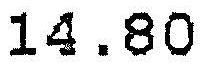
14.80